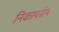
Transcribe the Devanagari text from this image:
निकायग्रंथ